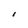
Character: I